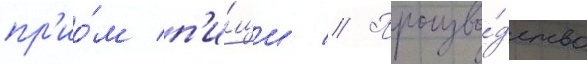
пр'ио́м п'и́щи // Произво́дство